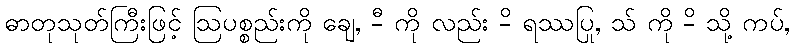
ဓာတုသုတ်ကြီးဖြင့် ဩပစ္စည်းကို ချေ, -ီ ကို လည်း -ိ ရဿပြု, သ် ကို -ိ သို့ ကပ်,